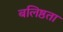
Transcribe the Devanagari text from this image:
बलिष्ठता